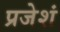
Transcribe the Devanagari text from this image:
प्रजेशं